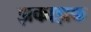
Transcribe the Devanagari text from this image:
झकाझक